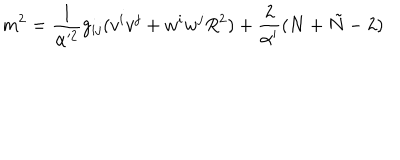
m ^ { 2 } = \frac { 1 } { \alpha ^ { \prime 2 } } g _ { i j } ( v ^ { i } v ^ { j } + w ^ { i } w ^ { j } R ^ { 2 } ) + \frac { 2 } { \alpha ^ { \prime } } ( N + \tilde { N } - 2 )